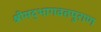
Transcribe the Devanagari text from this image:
श्रीमद्भागवतपुराण